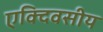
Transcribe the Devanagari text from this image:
एक्दिवसीय